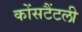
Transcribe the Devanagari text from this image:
कोंसटैंटली